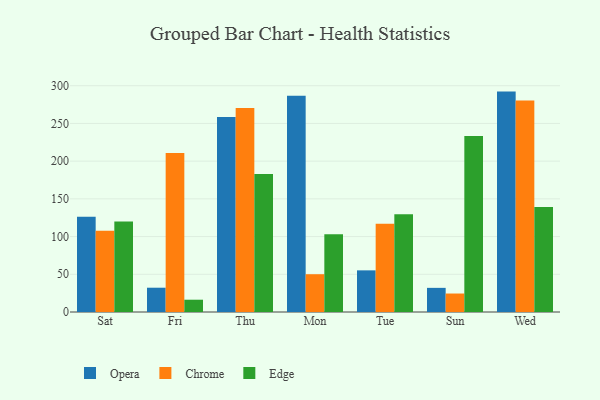
{"axis": {"x": "Day", "y": "Website Visitors"}, "legend": ["Chrome", "Edge", "Opera"], "data": [{"x": "Sat", "y": 126.2, "type": "Opera"}, {"x": "Sat", "y": 107.7, "type": "Chrome"}, {"x": "Sat", "y": 119.9, "type": "Edge"}, {"x": "Fri", "y": 32.2, "type": "Opera"}, {"x": "Fri", "y": 210.7, "type": "Chrome"}, {"x": "Fri", "y": 16.3, "type": "Edge"}, {"x": "Thu", "y": 258.4, "type": "Opera"}, {"x": "Thu", "y": 270.6, "type": "Chrome"}, {"x": "Thu", "y": 183.1, "type": "Edge"}, {"x": "Mon", "y": 286.7, "type": "Opera"}, {"x": "Mon", "y": 50.1, "type": "Chrome"}, {"x": "Mon", "y": 103.2, "type": "Edge"}, {"x": "Tue", "y": 55.2, "type": "Opera"}, {"x": "Tue", "y": 117.1, "type": "Chrome"}, {"x": "Tue", "y": 129.7, "type": "Edge"}, {"x": "Sun", "y": 32.0, "type": "Opera"}, {"x": "Sun", "y": 24.5, "type": "Chrome"}, {"x": "Sun", "y": 233.5, "type": "Edge"}, {"x": "Wed", "y": 292.2, "type": "Opera"}, {"x": "Wed", "y": 280.3, "type": "Chrome"}, {"x": "Wed", "y": 139.2, "type": "Edge"}]}